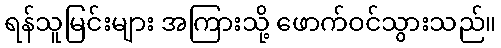
ရန်သူမြင်းများ အကြားသို့ ဖောက်ဝင်သွားသည်။